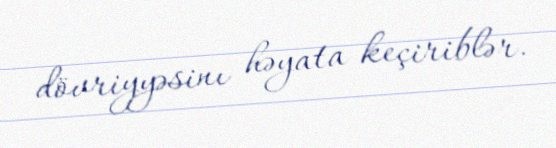
dövriyyəsinı həyata keçiriblər.